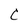
Character: C